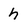
Character: h